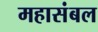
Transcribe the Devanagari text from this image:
महासंबल